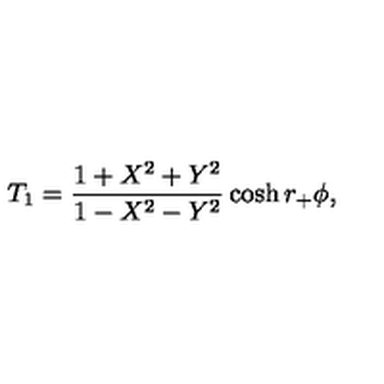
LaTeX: T _ { 1 } = { \frac { 1 + X ^ { 2 } + Y ^ { 2 } } { 1 - X ^ { 2 } - Y ^ { 2 } } } \cosh r _ { + } \phi ,